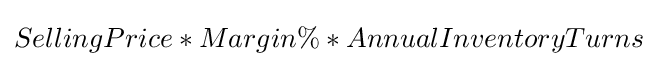
SellingPrice*Margin\%*AnnualInventoryTurns